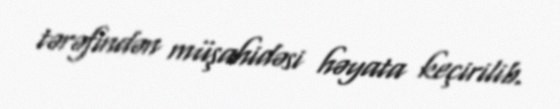
tərəfindən müşahidəsi həyata keçirilib.